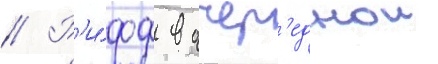
// Р'и́фф в очер'еднои